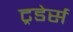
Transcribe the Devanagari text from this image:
ट्रडेर्स